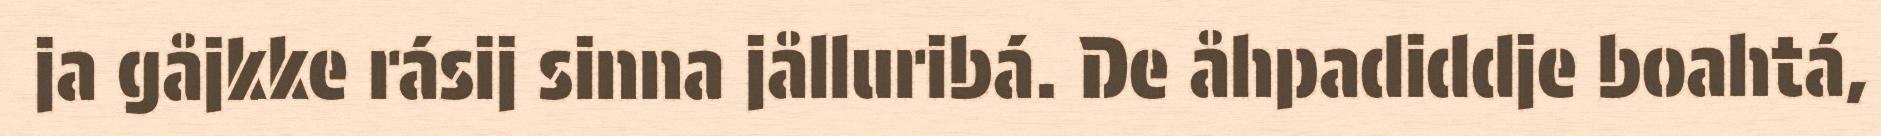
ja gåjkke rásij sinna jålluribá. De åhpadiddje boahtá,